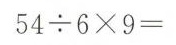
$$54 \div 6 \times 9 =$$